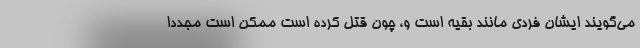
می‌گویند ایشان فردی مانند بقیه است و، چون قتل کرده است ممکن است مجدداً